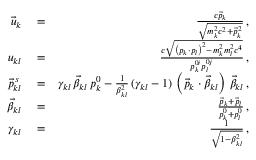
\begin{array} { r l r } { \vec { u } _ { k } } & { { } = } & { \frac { c \vec { p } _ { k } } { \sqrt { m _ { k } ^ { 2 } c ^ { 2 } + \vec { p } _ { k } ^ { \, 2 } } } \, , } \\ { u _ { k l } } & { { } = } & { \frac { c \sqrt { \left( p _ { k } \cdot p _ { l } \right) ^ { 2 } - m _ { k } ^ { 2 } m _ { l } ^ { 2 } c ^ { 4 } } } { p _ { k } ^ { 0 i } p _ { l } ^ { 0 j } } \, , } \\ { \vec { p } _ { k l } ^ { \, s } } & { { } = } & { \gamma _ { k l } \, \vec { \beta } _ { k l } \, p _ { k } ^ { 0 } - \frac { 1 } { \beta _ { k l } ^ { 2 } } \, ( \gamma _ { k l } - 1 ) \, \left( \vec { p } _ { k } \cdot \vec { \beta } _ { k l } \right) \, \vec { \beta } _ { k l } \, , } \\ { \vec { \beta } _ { k l } } & { { } = } & { \frac { \vec { p } _ { k } + \vec { p } _ { l } } { p _ { k } ^ { 0 } + p _ { l } ^ { 0 } } \, , } \\ { \gamma _ { k l } } & { { } = } & { \frac { 1 } { \sqrt { 1 - \beta _ { k l } ^ { 2 } } } \, , } \end{array}